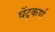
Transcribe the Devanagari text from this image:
घेंटुकर्ण